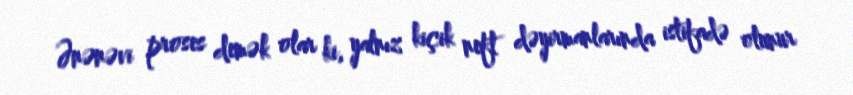
Ənənəvi proses demək olar ki, yalnız kiçik neft dəyirmanlarında istifadə olunur